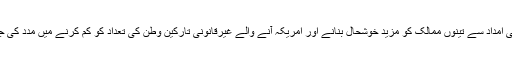
اس اضافی امداد سے تینوں ممالک کو مزید خوشحال بنانے اور امریکہ آنے والے غیرقانونی تارکین وطن کی تعداد کو کم کرنے میں مدد کی جائے گی۔